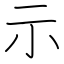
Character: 示